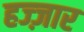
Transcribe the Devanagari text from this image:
हज्ज़ार